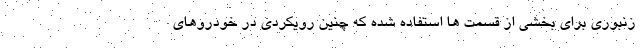
زنبوری برای بخشی از قسمت ها استفاده شده که چنین رویکردی در خودروهای